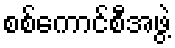
စစ်ကောင်စီအဖွဲ့